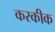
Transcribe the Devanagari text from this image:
करकीक